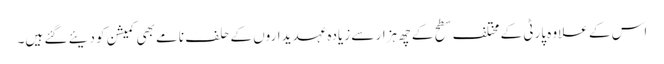
اس کے علاوہ پارٹی کے مختلف سطح کے چھ ہزار سے زیادہ عہدیداروں کے حلف نامے بھی کمیشن کو دیئے گئے ہیں۔